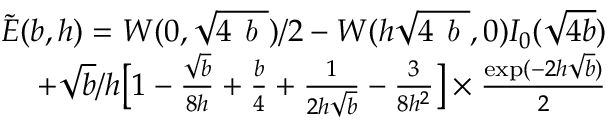
\begin{array} { r l r } & { } & { \tilde { E } ( b , h ) = W ( 0 , \sqrt { 4 \emph { b } } ) / 2 - W ( h \sqrt { 4 \emph { b } } , 0 ) I _ { 0 } ( \sqrt { 4 b } ) } \\ & { } & { + \sqrt { b } / h \big [ 1 - { \frac { \sqrt { b } } { 8 h } } + { \frac { b } { 4 } } + { \frac { 1 } { 2 h \sqrt { b } } } - { \frac { 3 } { 8 h ^ { 2 } } } \big ] \times { \frac { \exp ( - 2 h \sqrt { b } ) } { 2 } } } \end{array}